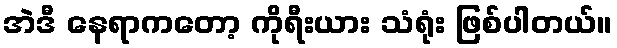
အဲဒီ နေရာကတော့ ကိုရီးယား သံရုံး ဖြစ်ပါတယ်။